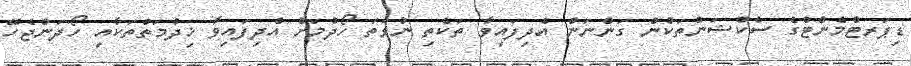
ޑިޕަރޓްމެންޓްގެ ސެކްޝަންތަކުން ގަންނަން އެދިފައިވާ ތަކެތި ނުވަތަ ހޯދުމަށް އެދިފައިވާ ޚިދުމަތްތަކާއި ހޯދަންޖެހޭ